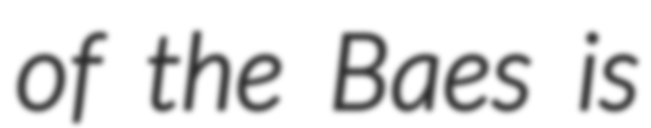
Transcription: of the Baes is